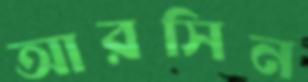
আরসিন